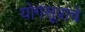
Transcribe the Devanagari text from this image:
योगसूत्रांचे